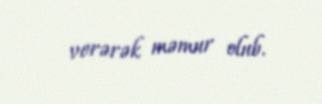
verərək məmur olub.